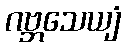
ဂဗ္ဘသေယျံ